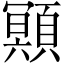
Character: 䫤